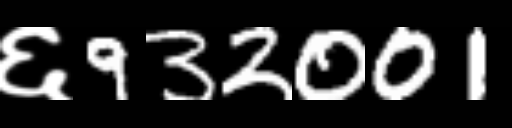
Text: ६932001